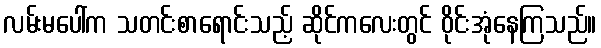
လမ်းမပေါ်က သတင်းစာရောင်းသည့် ဆိုင်ကလေးတွင် ဝိုင်းအုံနေကြသည်။